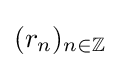
(r_{n})_{n\in \mathbb {Z} }